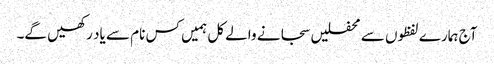
آج ہمارے لفظوں سے محفلیں سجانے والے کل ہمیں کس نام سے یاد رکھیں گے۔